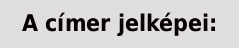
A címer jelképei: